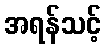
အရန်သင့်